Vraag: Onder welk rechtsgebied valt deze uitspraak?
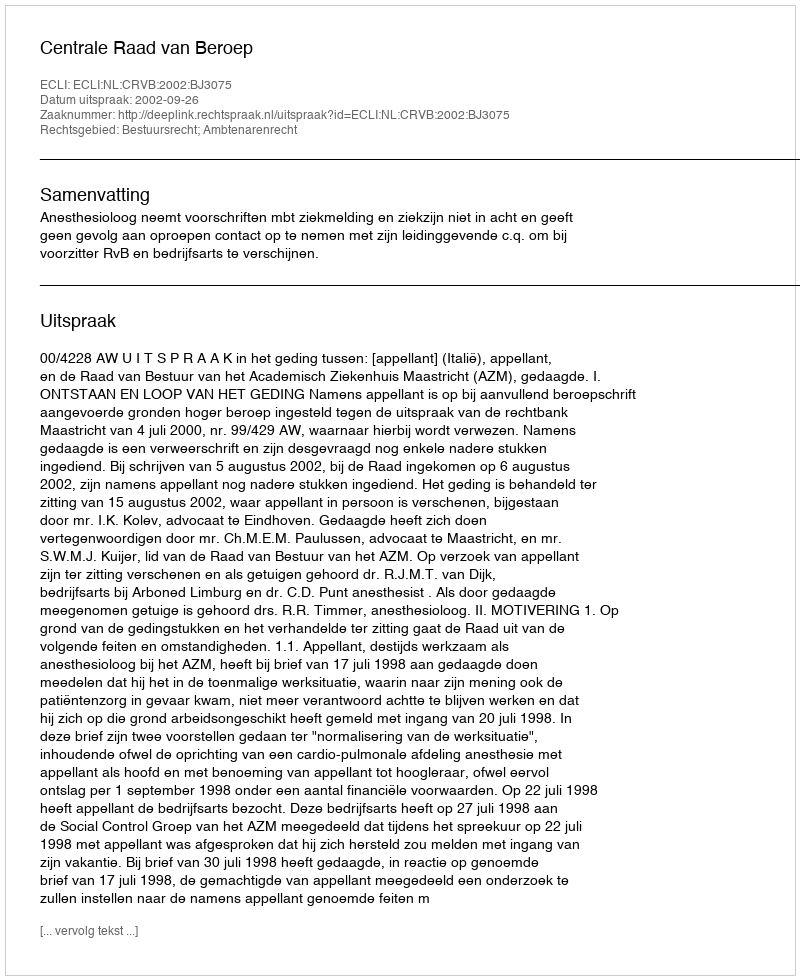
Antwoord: Bestuursrecht; Ambtenarenrecht